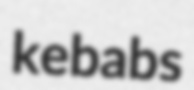
kebabs